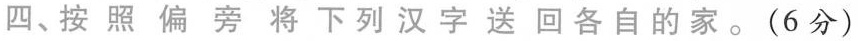
四、按照偏旁将下列汉字送回各自的家。(6分)